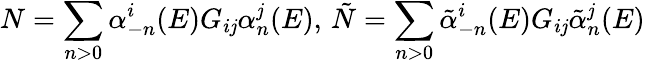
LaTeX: N=\sum_{n>0}\alpha_{-n}^{i}(E)G_{i\mathit{j}}\alpha_{n}^{\mathit{j}}(E),\, \tilde{{N}}=\sum_{n>0}\tilde{{\alpha}}_{-n}^{i}(E)G_{i\mathit{j}}\tilde{{\alpha}}_{n}^{\mathit{j}}(E)